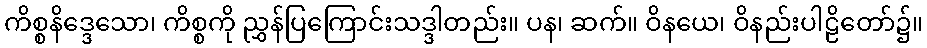
ကိစ္စနိဒ္ဒေသော၊ ကိစ္စကို ညွှန်ပြကြောင်းသဒ္ဒါတည်း။ ပန၊ ဆက်။ ဝိနယေ၊ ဝိနည်းပါဠိတော်၌။